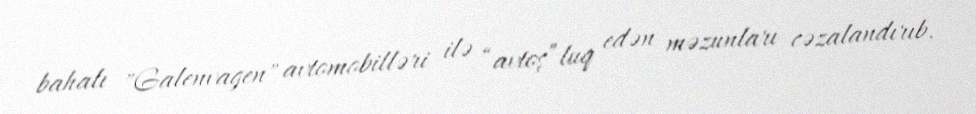
bahalı "Galenvagen" avtomobilləri ilə “avtoş”luq edən məzunları cəzalandırıb.